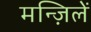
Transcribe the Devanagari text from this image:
मन्ज़िलें